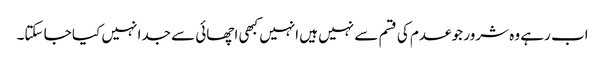
اب رہے وہ شرور جو عدم کی قسم سے نہیں ہیں انہیں کبھی اچھائی سے جدا نہیں کیا جا سکتا۔